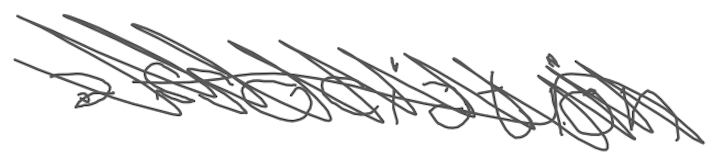
Text: association
Cross-out: scratch
Writing tool: digital_gray